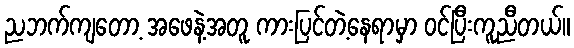
ညဘက်ကျတော့ အဖေနဲ့အတူ ကားပြင်တဲ့နေရာမှာ ဝင်ပြီးကူညီတယ်။